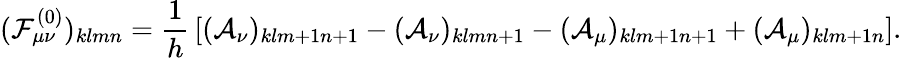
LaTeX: ({\cal F}_{\mu\nu}^{(0)})_{klmn}={\frac{1}{h}}\left[({\cal A}_{\nu})_{klm+1n+1}-({\cal A}_{\nu})_{klmn+1}-({\cal A}_{\mu})_{klm+1n+1}+({\cal A}_{\mu})_{klm+1n}\right].